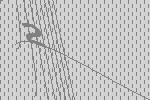
2